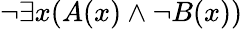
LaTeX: \neg\exists x(A(x)\land\neg B(x))